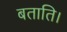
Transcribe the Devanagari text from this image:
बताति।